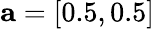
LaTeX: \mathbf{a}=[0.5,0.5]